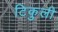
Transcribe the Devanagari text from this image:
टिकुली